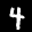
Label: 4